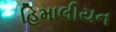
હિમાલીયન